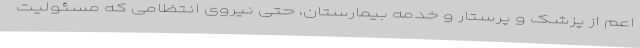
اعم از پزشک و پرستار و خدمه بیمارستان، حتی نیروی انتظامی که مسئولیت